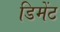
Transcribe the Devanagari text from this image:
डिमेंट